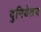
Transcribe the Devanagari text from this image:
दुनियेतच